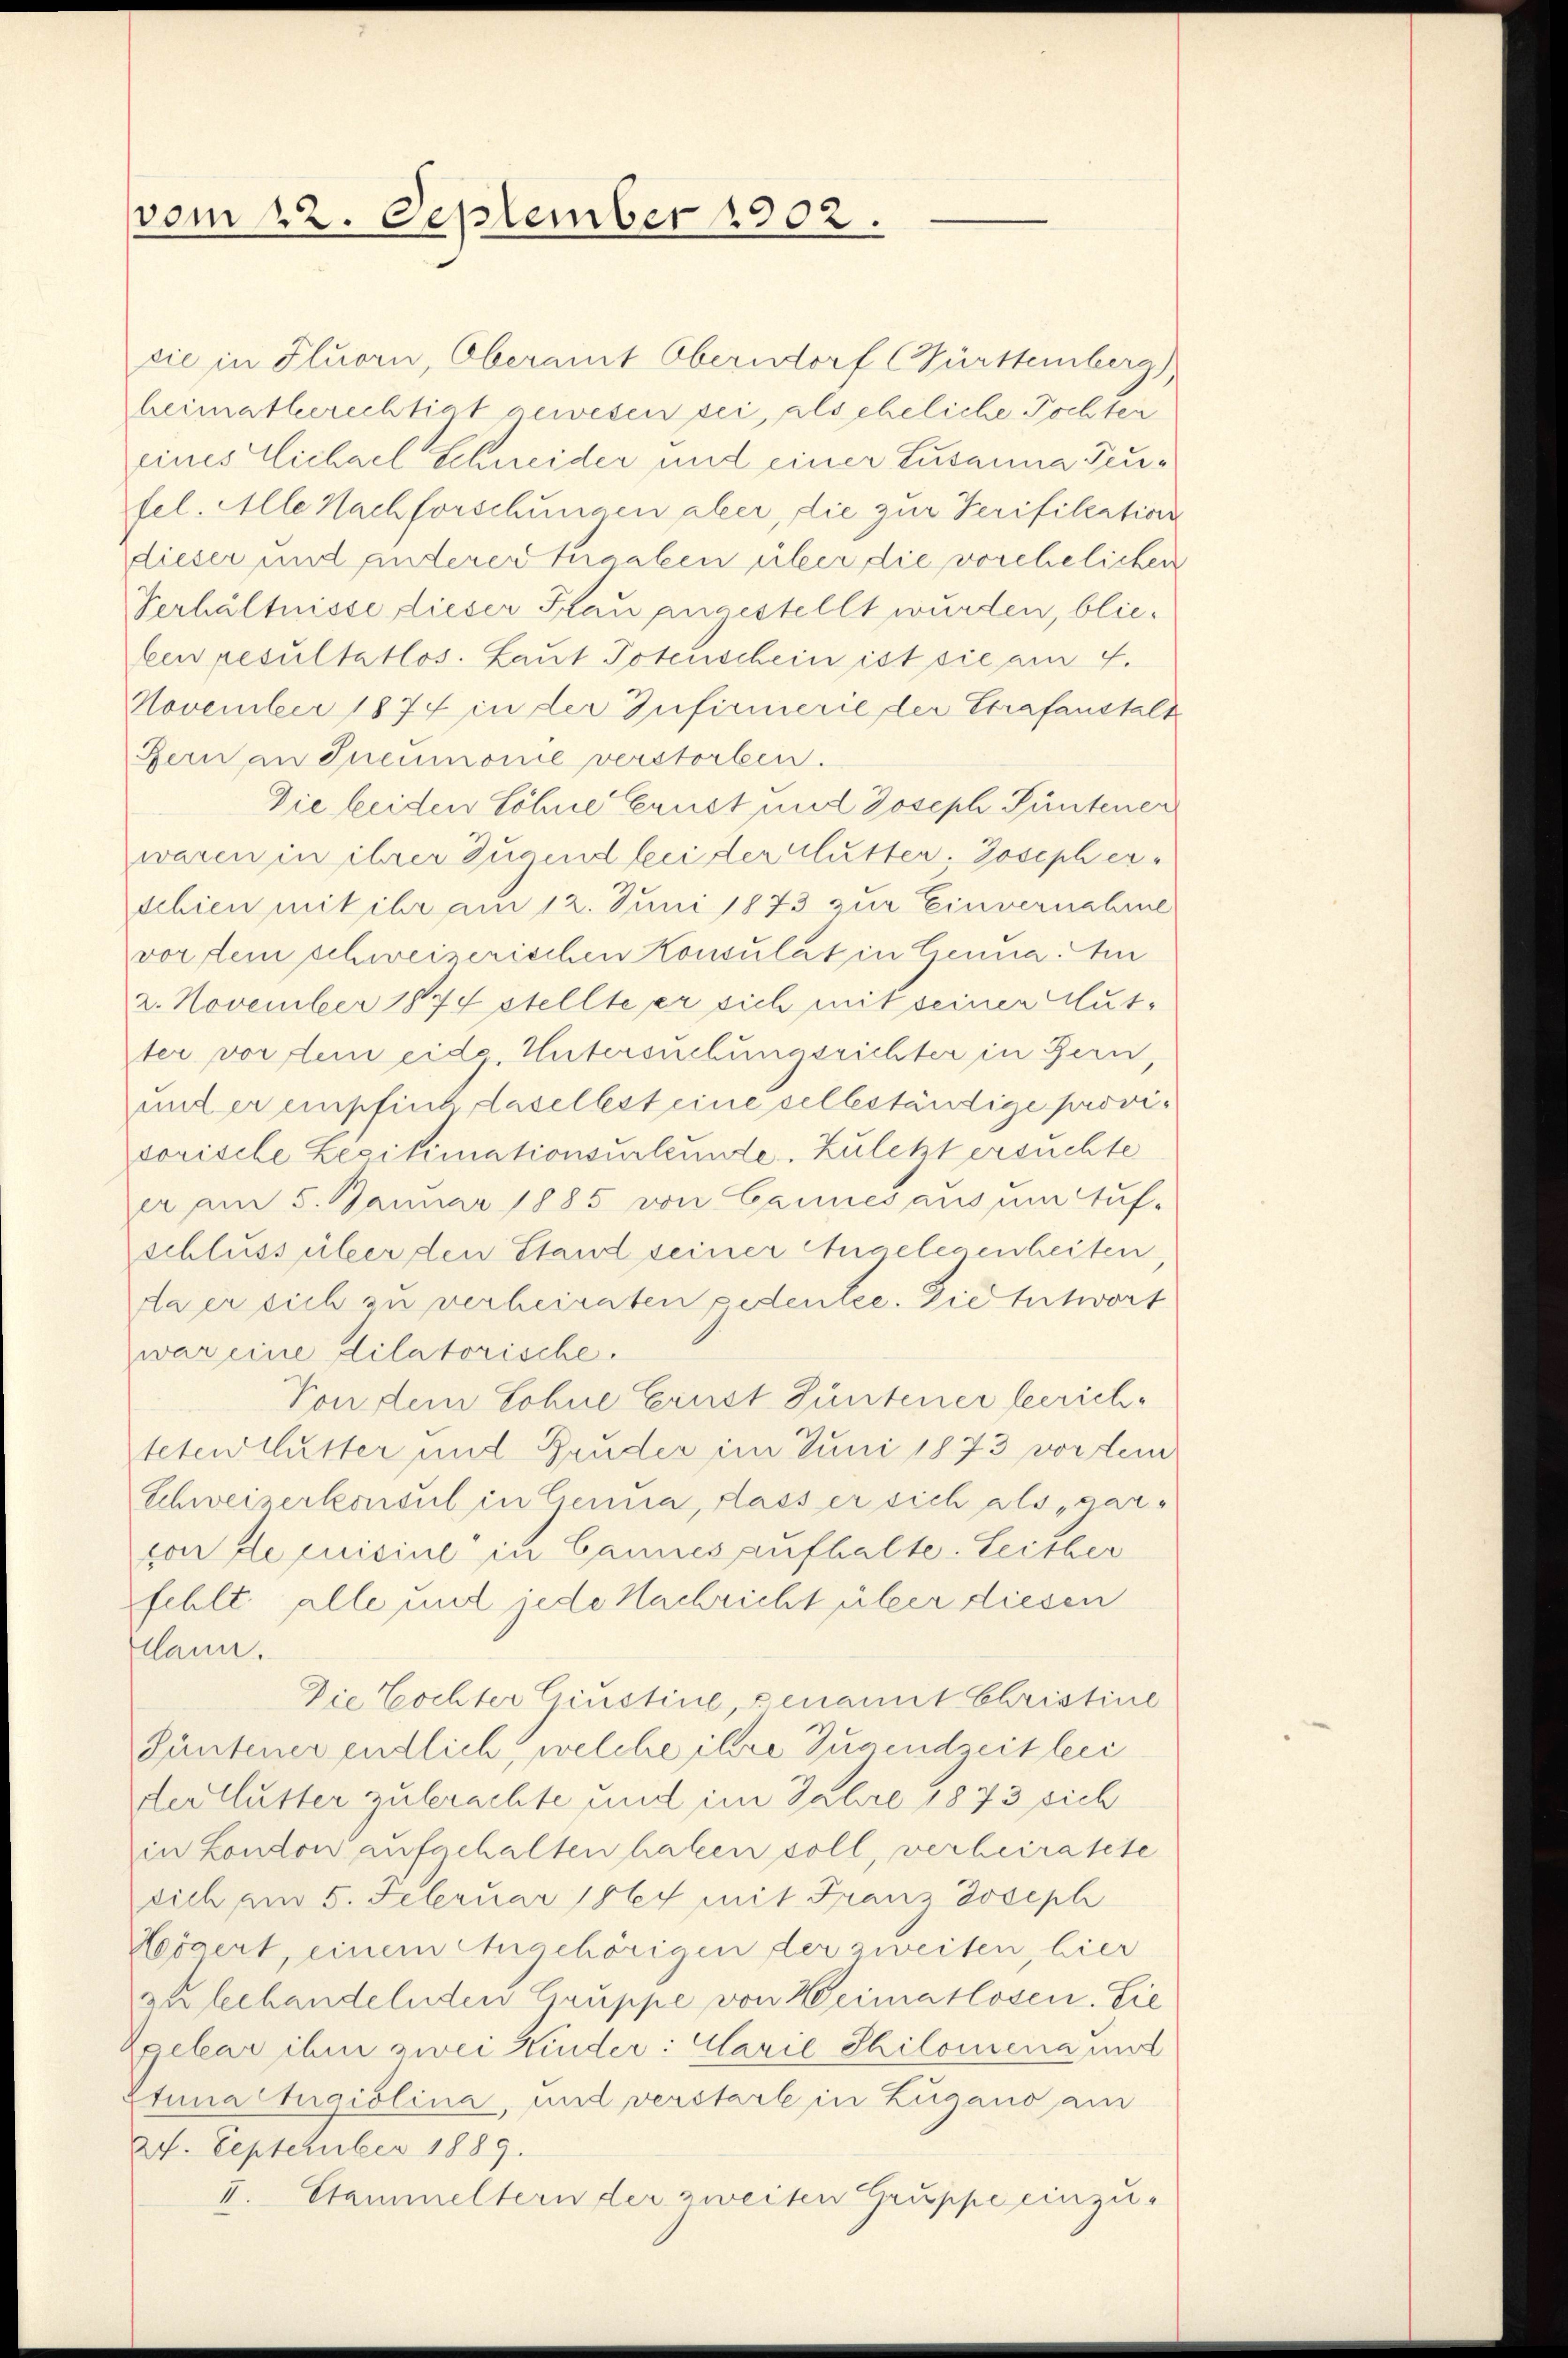
vom 22. September 1902.

cie in Fluorn, Oberamt Oberndorf (Württemberg)
heimathberechtigt gewesen sei, als eheliche Tochten
eines Lichael Schneider und einer Zusanna Teufel. Alle Nachforschungen aber, die zur Verifiliation
dieser und anderer thaalen über die vorehelichen
Verhältnisse dieser Stau angestellt wurden, blieleen presultatlos. Laut Potenschein ist sie am 4.
November 1874 in der Infirmerie der Strafanstalt
Bern an Ineumonie verstorben.
Die beiden Söhne Ernst und Joseph Püntener
waren in ihrer Zügend bei der Glutter, Josepher-
schien mit ihr am 12. Juni 1873 zur Einvernahme
vor dem schweizerischen Konsulat in Genua Am
2. November 1874 stellte er sich mit seiner Mut-
ter vor dem eide Untersuchungsrichter in Bern,
und er empfint daselbst eine selbständige provisorische Legitimationsurkunde. Zuletzt ersuchte
er am 5. Januar 1885 von Cannes aus um Auf-
schluss über den Stand seiner Angelegenheiten,
da er sich zu verheiraten gedeutee. Die Entwort
war eine dilatorische.
Von dem Lohne Ernst Güntener berichteten Mutter und Gruder im Juni 1873 vorten
Schweizerkonsul in Genia, dass er sich als „garvon decisine in Cannes aufhalte. Leither
fehlt alle mit jede Nachricht über diesen
kann.
Die Cochter Ciustine, senamit Christine
Püntener endlich, welche ihre Zusendzeit lei
der Mutter zubrachte und im Jahre 1873 sich
in London aufgehalten haben soll, verheiratete
sich am 5. Februar 1864 mit Franz Joseph
Högert, einem Angehörigen der zweiten, hier
zubehandelnden Gruppe von Heimatlosen. Sie
Zgebar ihm zwei Kinder: Clarie Philomena und
Etuna ligiolina, und verstarb in Zugano am
27. September 1889.
II. Stammeltern der zweiten Gruppe einzu-